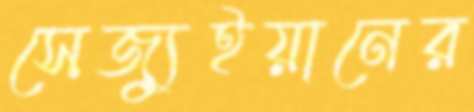
সেজ্যুইয়ানের